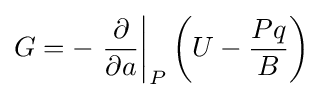
G=-\left.{\frac {\partial }{\partial a}}\right|_{P}\left(U-{\frac {Pq}{B}}\right)